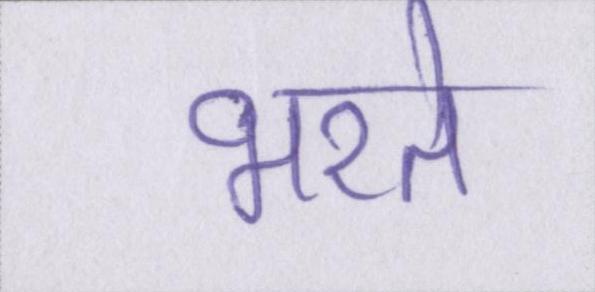
भरते